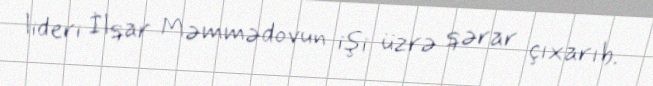
lideri İlqar Məmmədovun işi üzrə qərar çıxarıb.